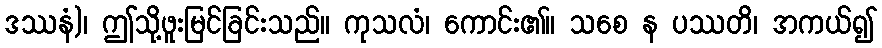
ဒဿနံ)၊ ဤသို့ဖူးမြင်ခြင်းသည်။ ကုသလံ၊ ကောင်း၏။ သစေ န ပဿတိ၊ အကယ်၍